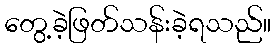
တွေ့ခဲ့ဖြတ်သန်းခဲ့ရသည်။